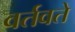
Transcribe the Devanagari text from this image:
वर्तवते